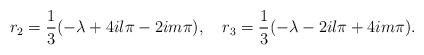
LaTeX: \begin{align*}r_2=\frac{1}{3}(-\lambda+4il\pi-2im\pi), \ \ \ r_3=\frac{1}{3}(-\lambda-2il\pi+4im\pi).\end{align*}